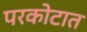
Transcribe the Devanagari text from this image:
परकोटात